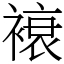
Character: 䙑